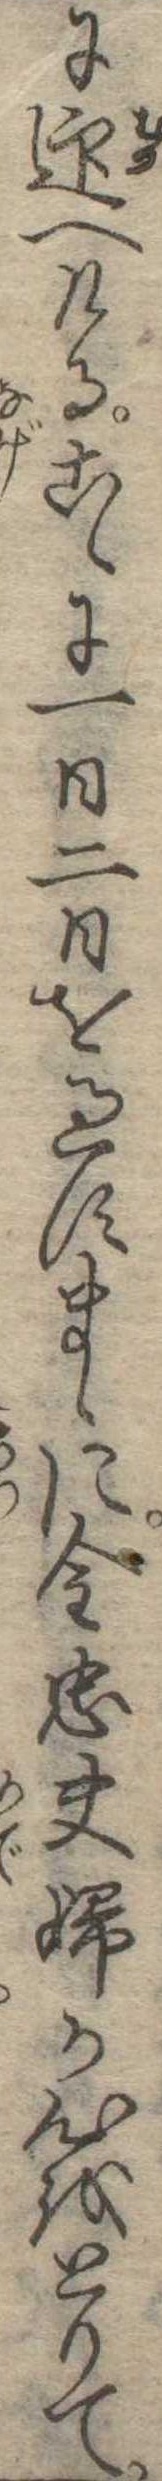
に迎へけるこゝに一日二日を過すまゝに金忠夫婦が心をとりて